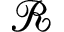
\mathscr { R }